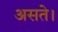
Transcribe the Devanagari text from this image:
असते।